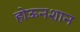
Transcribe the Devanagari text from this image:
होऊनशान